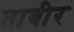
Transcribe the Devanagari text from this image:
ताबीर